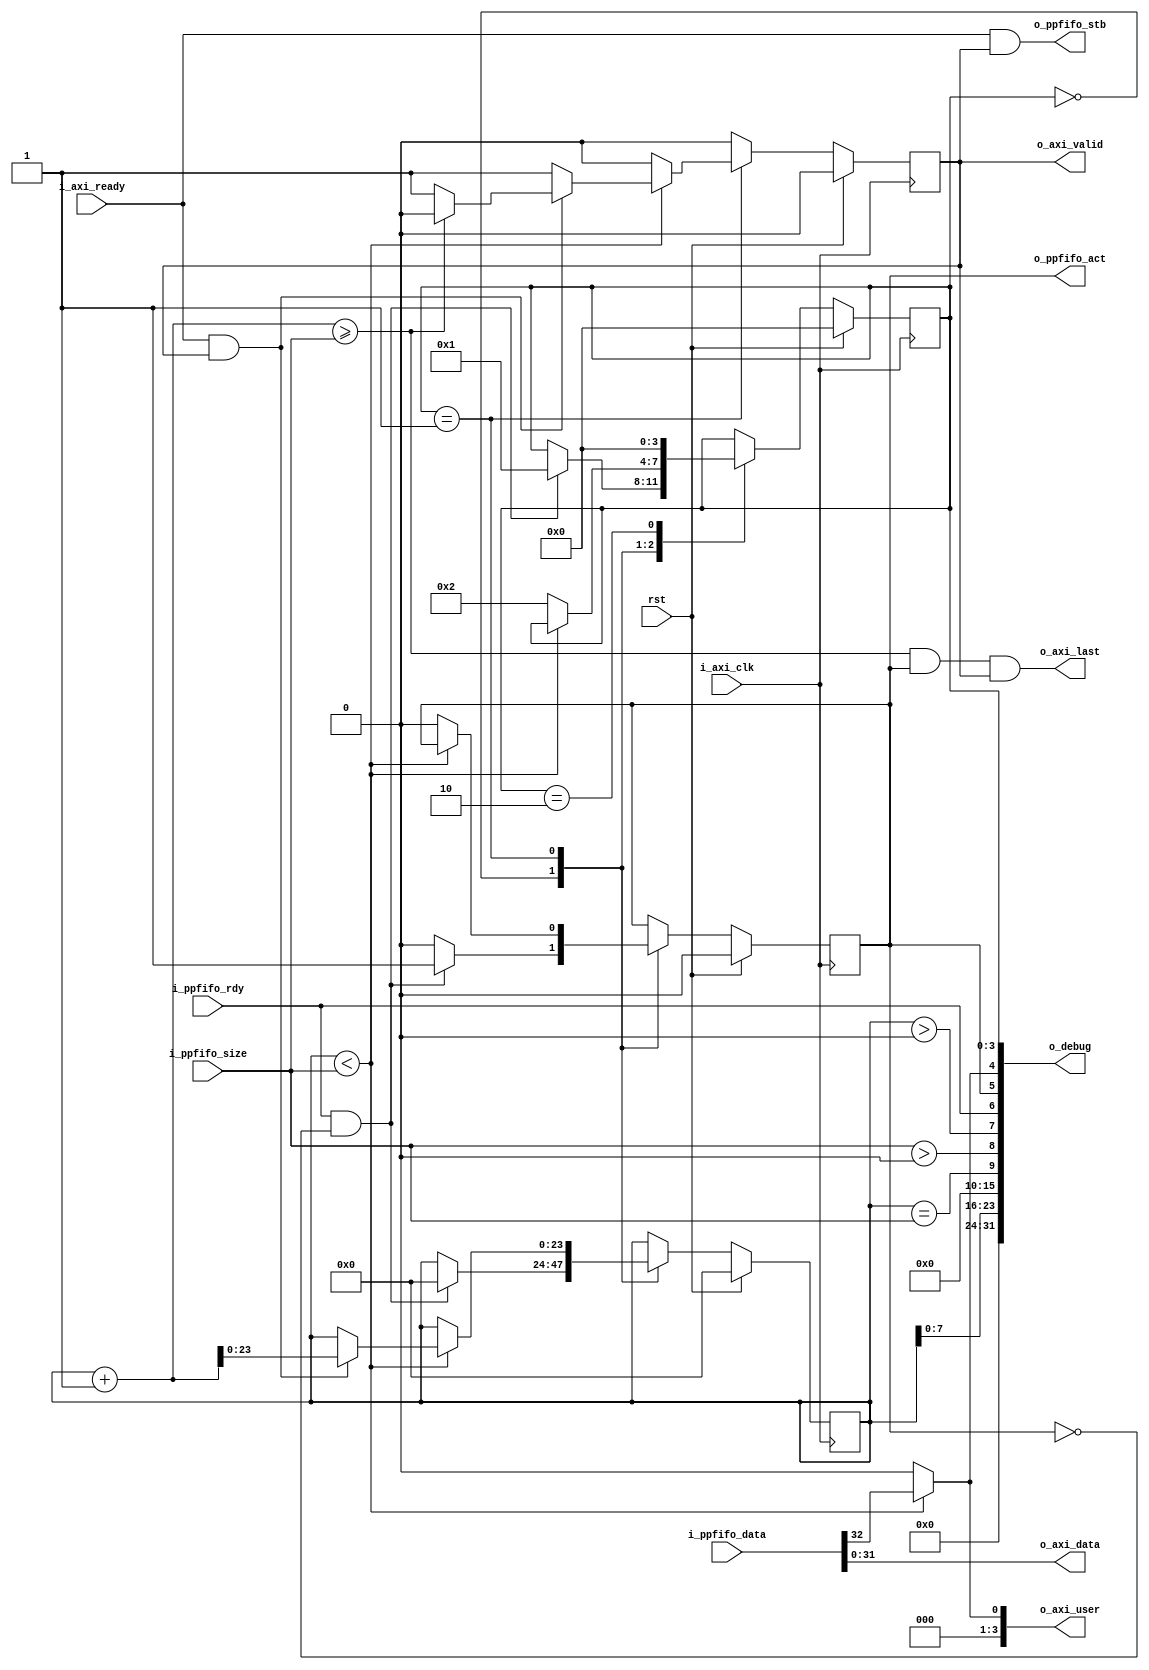
module adapter_ppfifo_2_axi_stream_1 #(
  parameter                                     DATA_WIDTH          = 32,
  parameter                                     STROBE_WIDTH        = DATA_WIDTH / 8,
  parameter                                     USE_KEEP            = 0
)(
  input                                         rst,
  input                                         i_ppfifo_rdy,
  output  reg                                   o_ppfifo_act,
  input       [23:0]                            i_ppfifo_size,
  input       [(DATA_WIDTH + 1) - 1:0]          i_ppfifo_data,
  output                                        o_ppfifo_stb,
  input                                         i_axi_clk,
  output      [3:0]                             o_axi_user,
  input                                         i_axi_ready,
  output      [DATA_WIDTH - 1:0]                o_axi_data,
  output                                        o_axi_last,
  output  reg                                   o_axi_valid,
  output      [31:0]                            o_debug
);
localparam      IDLE        = 0;
localparam      READY       = 1;
localparam      RELEASE     = 2;
reg     [3:0]               state;
reg     [23:0]              r_count;
assign  o_axi_data      = i_ppfifo_data[DATA_WIDTH - 1: 0];
assign  o_ppfifo_stb    = (i_axi_ready & o_axi_valid);
assign  o_axi_user[0]   = (r_count < i_ppfifo_size) ? i_ppfifo_data[DATA_WIDTH] : 1'b0;
assign  o_axi_user[3:1] = 3'h0;
assign  o_axi_last      = ((r_count + 1) >= i_ppfifo_size) & o_ppfifo_act  & o_axi_valid;
assign  o_debug[3:0]    = state;
assign  o_debug[4]      = (r_count < i_ppfifo_size) ? i_ppfifo_data[DATA_WIDTH]: 1'b0;
assign  o_debug[5]      = o_ppfifo_act;
assign  o_debug[6]      = i_ppfifo_rdy;
assign  o_debug[7]      = (r_count > 0);
assign  o_debug[8]      = (i_ppfifo_size > 0);
assign  o_debug[9]      = (r_count == i_ppfifo_size);
assign  o_debug[15:10]  = 0;
assign  o_debug[23:16]  = r_count[7:0];
assign  o_debug[31:24]  = 0;
always @ (posedge i_axi_clk) begin
  o_axi_valid           <=  0;
  if (rst) begin
    state               <=  IDLE;
    o_ppfifo_act        <=  0;
    r_count             <=  0;
  end
  else begin
    case (state)
      IDLE: begin
        o_ppfifo_act    <=  0;
        if (i_ppfifo_rdy && !o_ppfifo_act) begin
          r_count       <=  0;
          o_ppfifo_act  <=  1;
          state         <=  READY;
        end
      end
      READY: begin
        if (r_count < i_ppfifo_size) begin
          o_axi_valid         <=  1;
          if (i_axi_ready && o_axi_valid) begin
            r_count         <= r_count + 1;
            if ((r_count + 1) >= i_ppfifo_size) begin
              o_axi_valid     <=  0;
            end
          end
        end
        else begin
          o_ppfifo_act      <=  0;
          state             <=  RELEASE;
        end
      end
      RELEASE: begin
        state               <=  IDLE;
      end
      default: begin
      end
    endcase
  end
end
endmodule